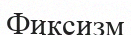
Фиксизм